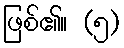
ဖြစ်၏။ (၅)